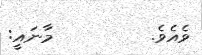
ވެއެވެ.         މާނައީ: